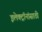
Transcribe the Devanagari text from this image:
इलेक्ट्रॉनांसाठी